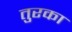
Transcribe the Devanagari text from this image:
तुरका